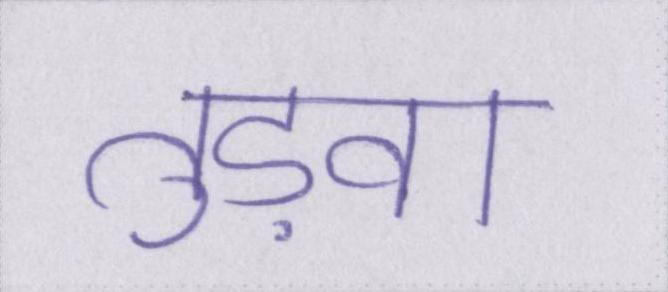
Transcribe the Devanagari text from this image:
तुड़वा